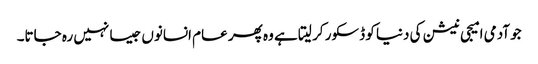
جو آدمی امیجی نیشن کی دنیا کو ڈسکور کر لیتا ہے وہ پھر عام انسانوں جیسا نہیں رہ جاتا۔